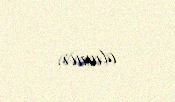
olunur.